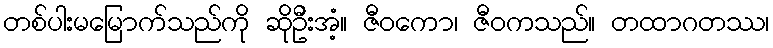
တစ်ပါးမမြောက်သည်ကို ဆိုဦးအံ့။ ဇီဝကော၊ ဇီဝကသည်။ တထာဂတဿ၊